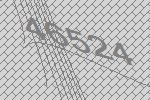
46524